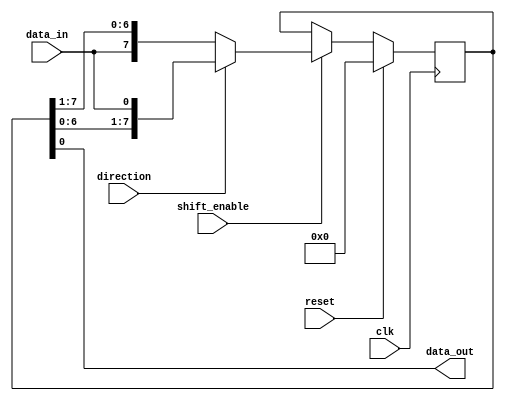
module bidirectional_shift_register (
    input clk,
    input reset,
    input shift_enable,
    input direction,
    input data_in,
    output reg data_out
);

reg [7:0] register;

always @(posedge clk) begin
    if (reset) begin
        register <= 8'b0;
    end else begin
        if (shift_enable) begin
            if (direction) begin
                register <= {register[6:0], data_in};
            end else begin
                register <= {data_in, register[7:1]};
            end
        end
    end
end

always @* begin
    data_out = register;
end

endmodule